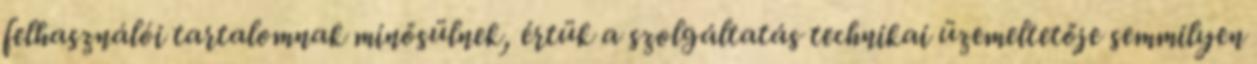
felhasználói tartalomnak minősülnek, értük a szolgáltatás technikai üzemeltetője semmilyen